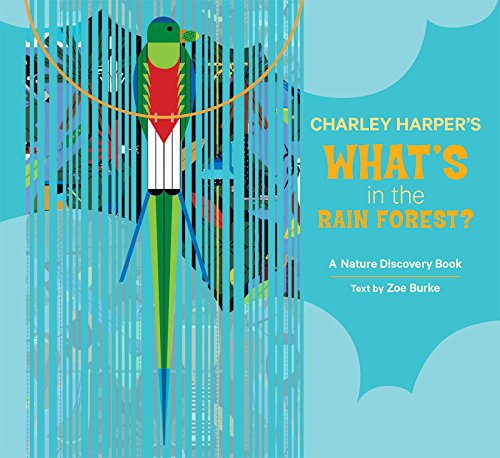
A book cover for Charley Harper's What's in the Rain Forest? (Nature Discovery Books); Zoe Burke; Science & Math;